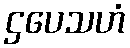
ဌပေသဟံ